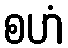
စဟံ